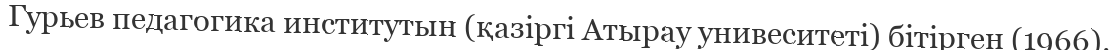
Гурьев педагогика институтын (қазіргі Атырау унивеситеті) бітірген (1966).